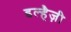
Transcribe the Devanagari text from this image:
डल्हैज़ी